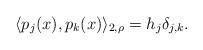
LaTeX: \begin{align*}\langle p_j(x),p_k(x)\rangle_{2,\rho}=h_j\delta_{j,k}.\end{align*}